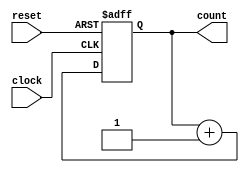
//4BIT COUNTER
module counter (clock, reset, count);


    //ASYNCH RESET => WHENEVER ACTIVE; RESET
    input clock, reset;
    output reg [3: 0] count;

    always @ (posedge clock, posedge reset)
    begin
        if(reset)count <= 4'b0;
        else count <= count + 1;
    end 
endmodule